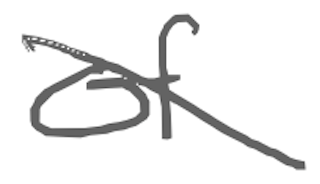
Text: of
Cross-out: diagonal
Writing tool: digital_gray